Senior Leaving Certificate Examination (including Day School Certificate (Higher) General paper), 1947
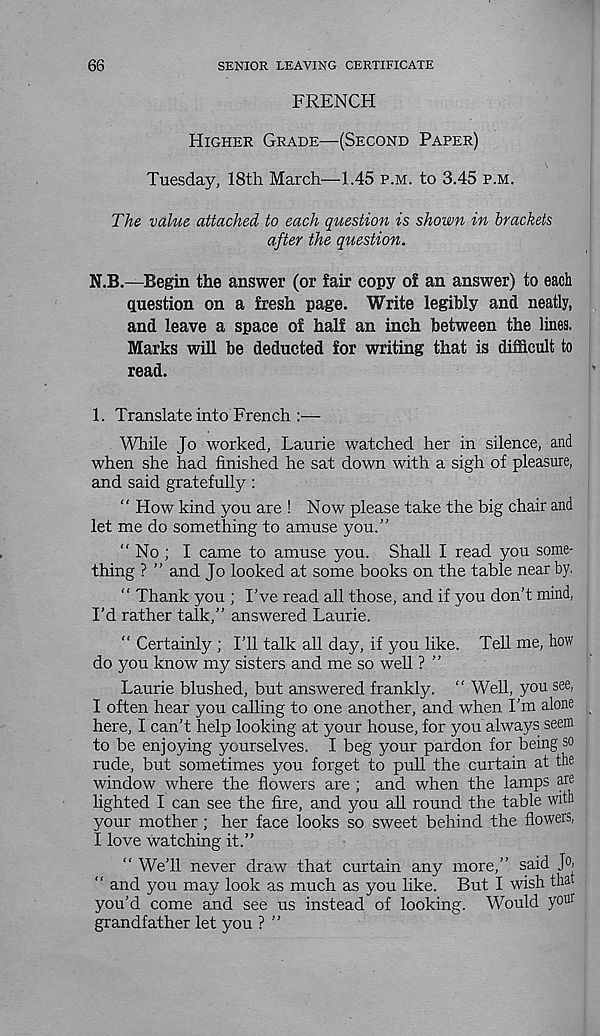
66
SENIOR LEAVING CERTIFICATE
FRENCH
Higher Grade—(Second Paper)
Tuesday, 18th March—1.45 p.m. to 3.45 p.m.
The value attached to each question is shown in brackets
after the question.
N.B.—Begin the answer (or fair copy of an answer) to each
question on a fresh page. Write legibly and neatly,
and leave a space of half an inch between the lines.
Marks will be deducted for writing that is difficult to
read.
1. Translate into French :—
While Jo worked, Laurie watched her in silence, and
when she had finished he sat down with a sigh of pleasure,
and said gratefully:
“ How kind you are ! Now please take the big chair and
let me do something to amuse you.”
“ No ; I came to amuse you. Shall I read you some-
thing ? ” and Jo looked at some books on the table near by.
“ Thank you ; I’ve read all those, and if you don’t mind,
I’d rather talk,” answered Laurie.
“ Certainly ; I’ll talk all day, if you like. Tell me, how
do you know my sisters and me so well ? ”
Laurie blushed, but answered frankly. “ Well, you see,
I often hear you calling to one another, and when I’m alone
here, I can’t help looking at your house, for you always seem
to be enjoying yourselves. I beg your pardon for being so
rude, but sometimes you forget to pull the curtain at the
window where the flowers are ; and when the lamps are
lighted I can see the fire, and you all round the table with
your mother; her face looks so sweet behind the flowers,
I love watching it.”
“ We’ll never draw that curtain any more,” said J°»
“ and you may look as much as you like. But I wish that
you’d come and see us instead of looking. Would y olir
grandfather let you ? ”